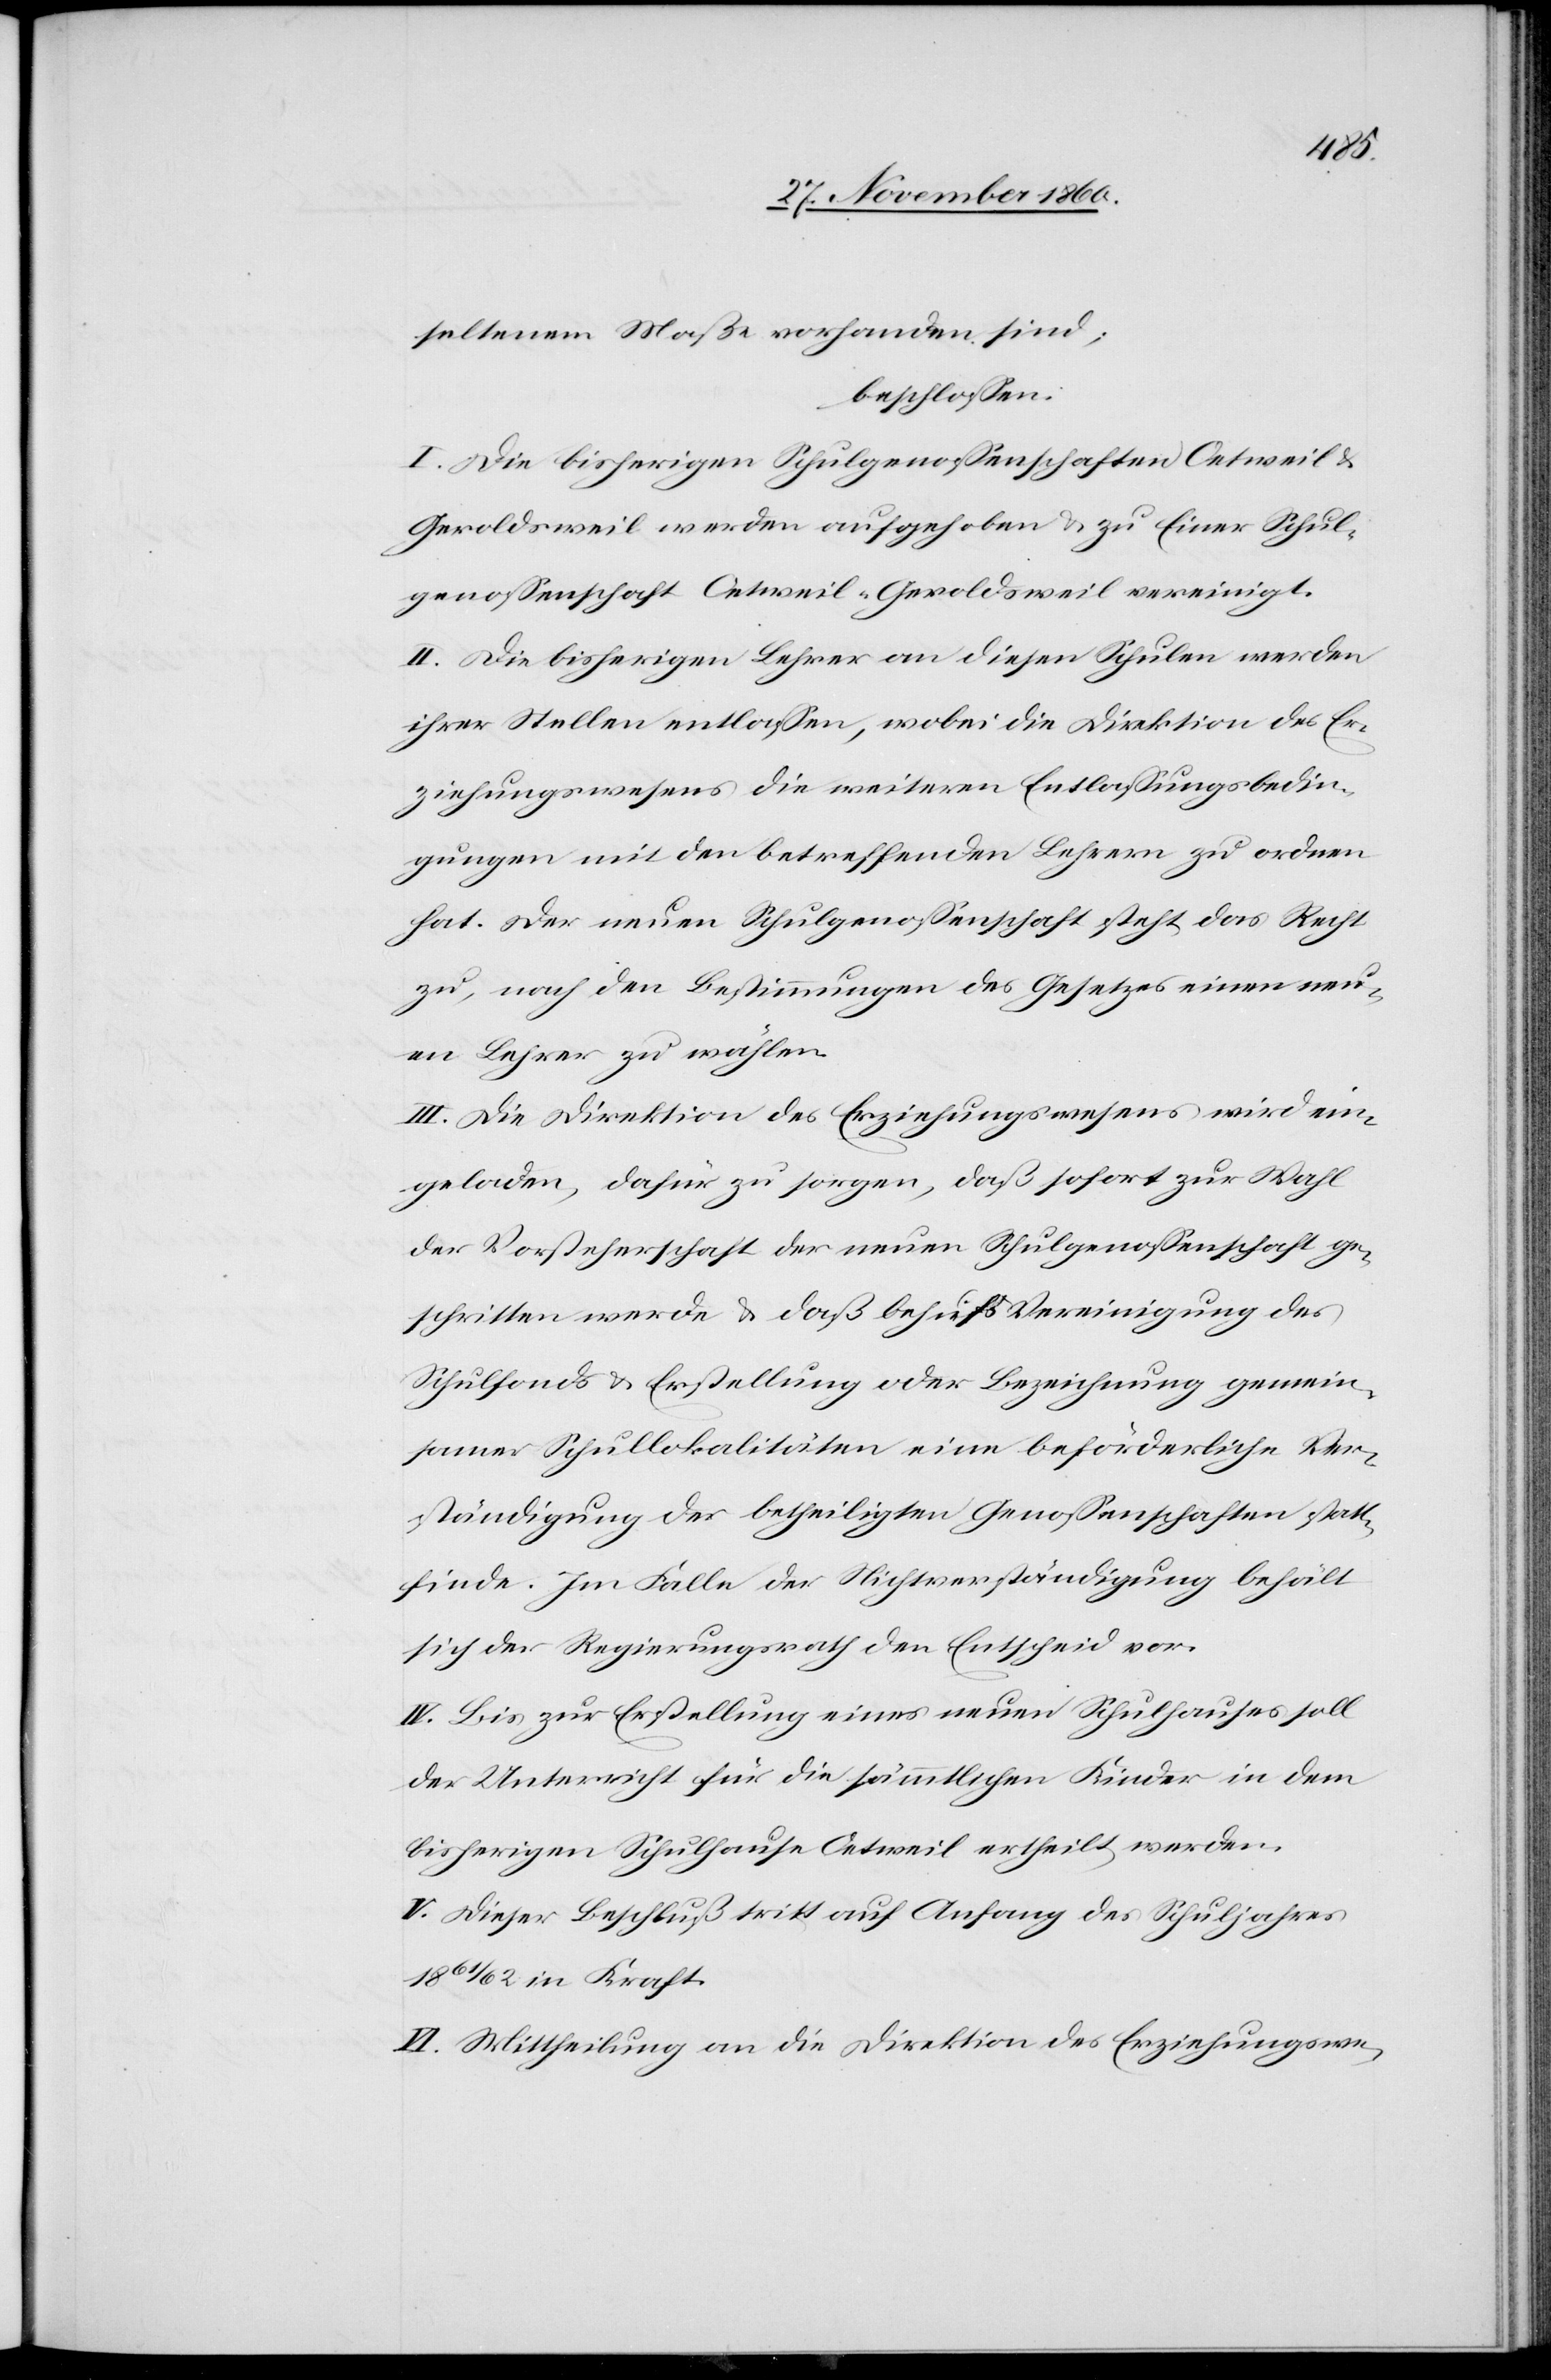
seltenem Maße vorhanden sind,
beschlossen:
I. Die bisherigen Schulgenossenschaften Oetweil u.
Geroldsweil werden aufgehoben u. zu Einer Schul¬
genossenschaft Oetweil-Geroldsweil vereinigt.
II. Die bisherigen Lehrer an diesen Schulen werden
ihrer Stellen entlassen, wobei die Direktion des Er¬
ziehungswesens die weiteren Entlassungsbedin¬
gungen mit den betreffenden Lehrern zu ordnen
hat. Der neuen Schulgenossenschaft steht das Recht
zu, nach den Bestimmungen des Gesetzes einen neu¬
en Lehrer zu wählen.
III. Die Direktion des Erziehungswesens wird ein¬
geladen, dafür zu sorgen, daß sofort zur Wahl
der Vorsteherschaft der neuen Schulgenossenschaft ge¬
schritten werde u. daß behufs Vereinigung des
Schulfonds u. Erstellung oder Bezeichnung gemein¬
samer Schullokalitäten eine beförderliche Ver¬
ständigung der betheiligten Genossenschaften statt¬
finde. Im Falle der Nichtverständigung behält
sich der Regierungsrath den Entscheid vor.
IV. Bis zur Erstellung eines neuen Schulhauses soll
der Unterricht für die sämmtlichen Kinder in dem
bisherigen Schulhause Oetweil ertheilt werden.
V. Dieser Beschluß tritt auf Anfang des Schuljahres
1861/62 in Kraft.
VI. Mittheilung an die Direktion des Erziehungswe-